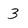
Character: 3